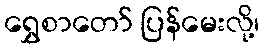
ရွှေစာတော် ပြန်မေးလို့၊